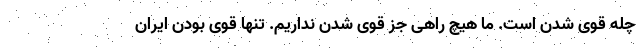
چله قوی شدن است. ما هیچ راهی جز قوی شدن نداریم. تنها قوی بودن ایران